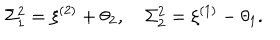
\Sigma _ { 1 } ^ { 2 } = \xi ^ { ( 2 ) } + \theta _ { 2 } , \quad \Sigma _ { 2 } ^ { 2 } = \xi ^ { ( 1 ) } - \theta _ { 1 } .